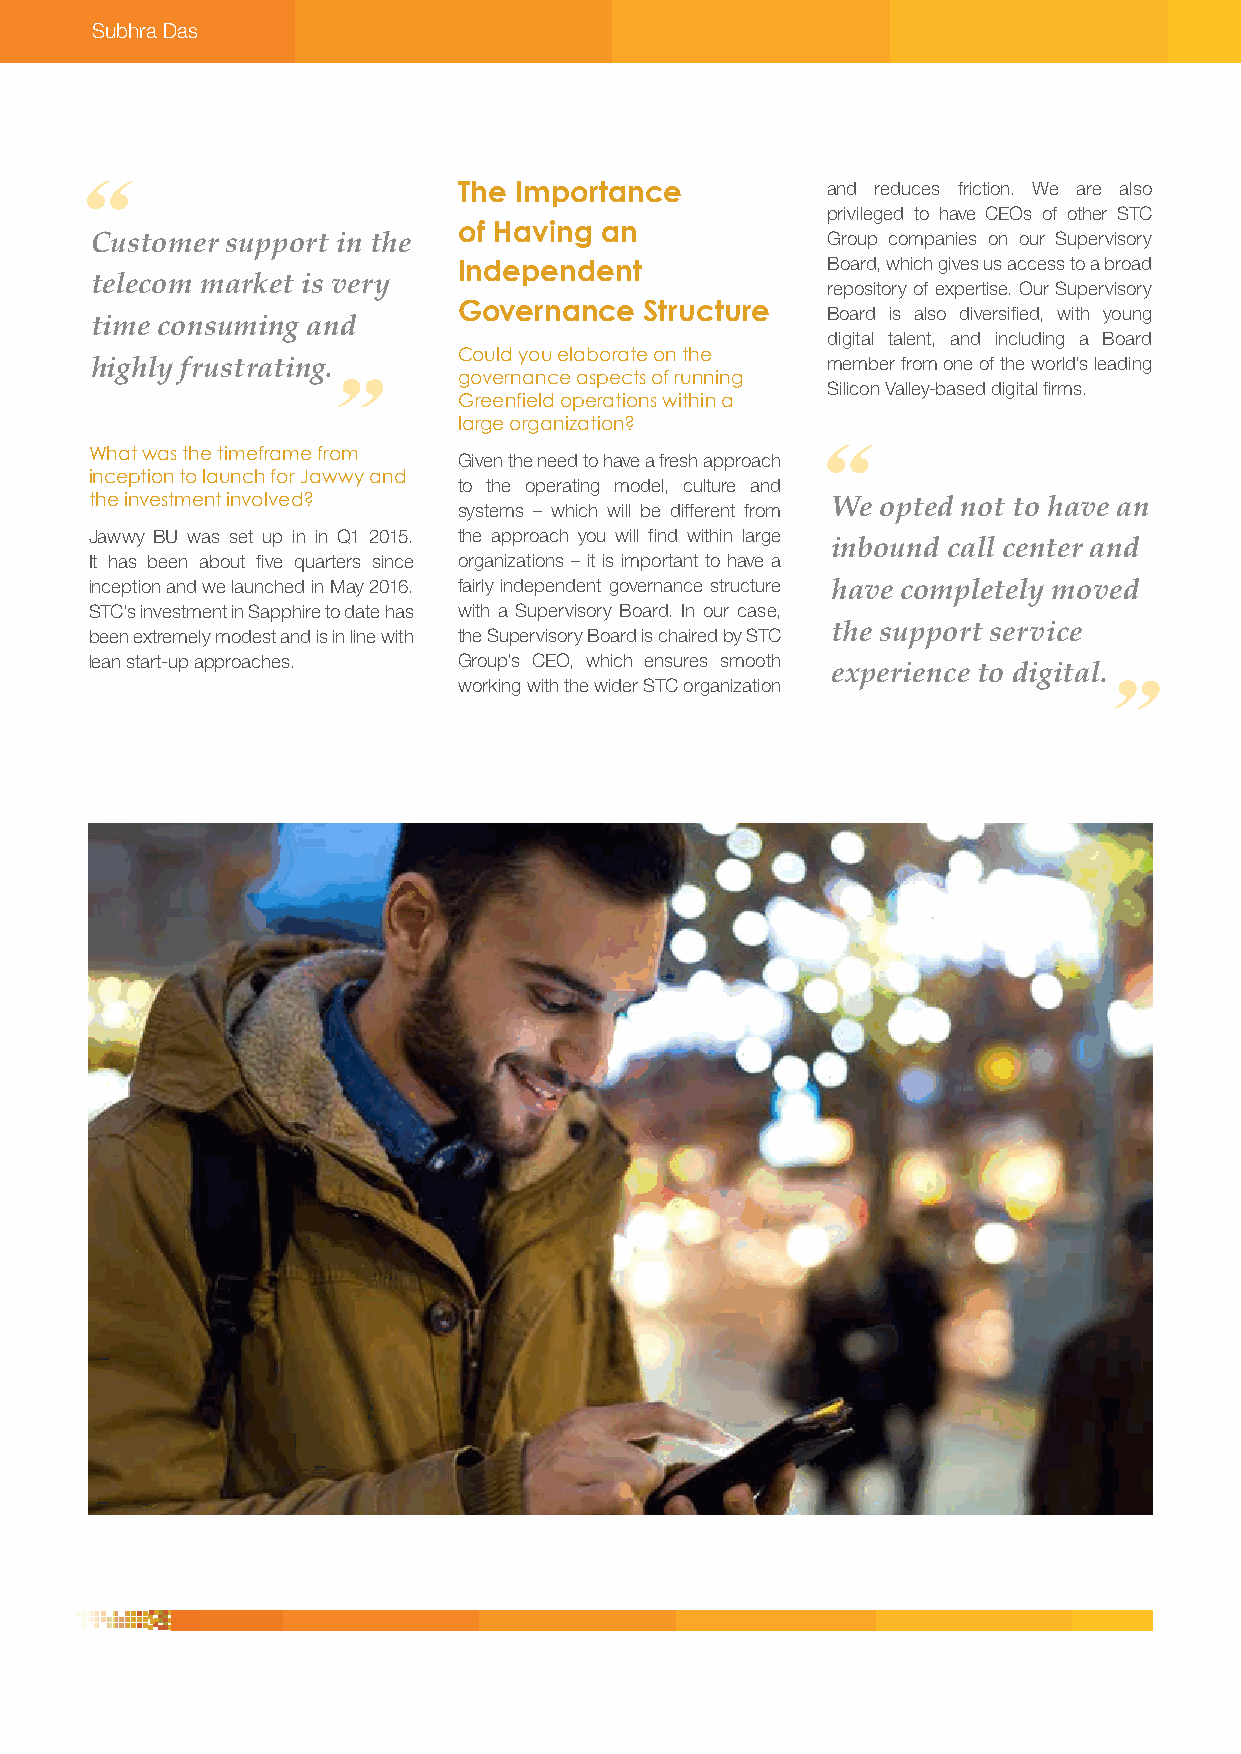
Subhra Das
 The Importance           and reduces friction. We are also
 privileged to have CEOs of other STC
 of Having an
 Customer support in the                          Group companies on our Supervisory
 Independent              Board, which gives us access to a broad
 telecom market is very                           repository of expertise. Our Supervisory
 Governance   Structure   Board is also diversified, with young
 time consuming and
 digital talent, and including a Board
 Could you elaborate on the
 highly frustrating.                              member from one of the world’s leading
 governance aspects of running
 Silicon Valley-based digital firms.
 Greenfield operations within a
 large organization?
 What was the timeframe from Given the need to have a fresh approach
 inception to launch for Jawwy and
 to the operating model, culture and
 the investment involved? systems – which will be different from We opted not to have an
 Jawwy BU was set up in in Q1 2015. the approach you will find within large
 inbound call center and
 It has been about five quarters since organizations – it is important to have a
 inception and we launched in May 2016. fairly independent governance structure have completely moved
 STC’s investment in Sapphire to date has with a Supervisory Board. In our case,
 been extremely modest and is in line with the Supervisory Board is chaired by STC the support service
 lean start-up approaches. Group’s CEO, which ensures smooth
 experience to digital.
 working with the wider STC organization